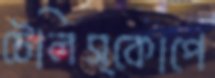
টেলিস্কোপে